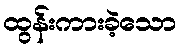
ထွန်းကားခဲ့သော